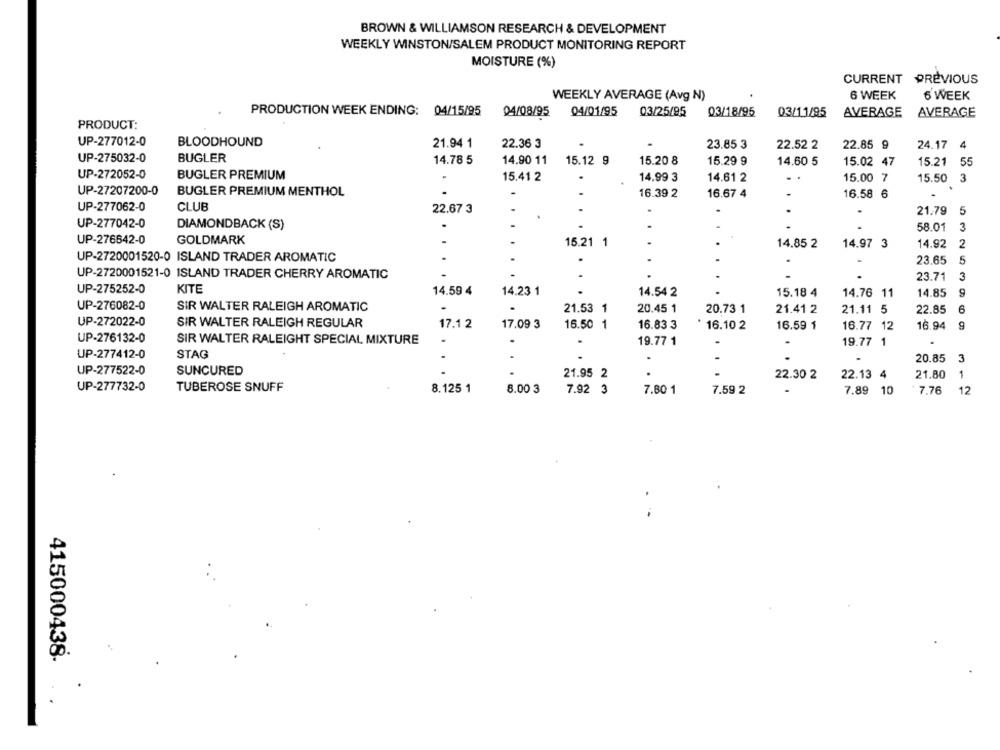
BROWN & WILLIAMSON RESEARCH & DEVELOPMENT
WEEKLY WINSTON/SALEM PRODUCT MONITORING REPORT
MOISTURE (%)
CURRENT PREVIOUS
WEEKLY AVERAGE (Avg N)
6 WEEK
6 WEEK
PRODUCTION WEEK ENDING: 04/15/95
04/08/95
04/01/95
03/25/95
03/18/95
03/11/95
AVERAGE
AVERAGE
PRODUCT:
UP-277012-0
BLOODHOUND
21.94 1
22.36 3
23.85 3
22.52 2
22.85 9
24.17
4
UP-275032-0
BUGLER
14.78 5
14.90 11
15.12 9
15.20 8
15.29 9
14.60 5
15.02 47
15.21
55
UP-272052-0
BUGLER PREMIUM
15.41 2
.
14.99 3
14.61 2
15.00 7
15.50
3
UP-27207200-0
BUGLER PREMIUM MENTHOL
16.39 2
16.67 4
-
16.58 6
UP-277062-0
CLUB
22.67 3
21.79
5
UP-277042-0
DIAMONDBACK (S)
58.01
3
UP-276642-0
GOLDMARK
15.21 1
14.85 2
14.97 3
14.92
2
UP-2720001520-0 ISLAND TRADER AROMATIC
23.65
5
UP-2720001521-0 ISLAND TRADER CHERRY AROMATIC
23.71
3
UP-275252-0
KITE
14.59 4
14.23 1
14.54 2
15.18 4
14.76 11
9
14.85
UP-276082-0
SIR WALTER RALEIGH AROMATIC
21.53 1
20.73 1
20.45 1
21.41 2
21.11 5
22.85
UP-272022-0
SIR WALTER RALEIGH REGULAR
17.1 2
17.09 3
16.50 1
16.83 3
16.10 2
16.59 1
16.77 12
16.94
9
UP-276132-0
SIR WALTER RALEIGHT SPECIAL MIXTURE
19.77 1
19.77 1
UP-277412-0
STAG
.
20.85
3
UP-277522-0
SUNCURED
21.95 2
.
22.30 2
22.13 4
21.80
1
UP-277732-0
TUBEROSE SNUFF
8.125 1
8.00 3
7.92 3
7.80 1
7.59 2
7.89
10
7.76
12
415000438-